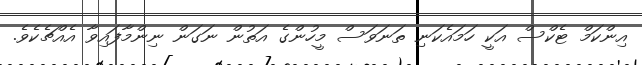
އިންކަމް ޓެކްސް އަކީ ހަމައެކަނި ތަނަވަސް މީހުންގެ އަތުން ނަގަން ނިންމާފައިވާ އެއްޗެކެވެ.